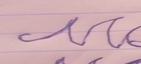
Signature authenticity: forged